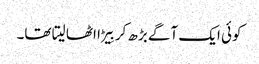
کوئی ایک آگے بڑھ کر بِیڑا اٹھا لیتا تھا۔